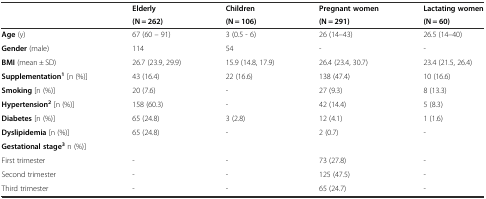
<table><thead><tr><td rowspan="2"></td><td><b>Elderly</b></td><td><b>Children</b></td><td><b>Pregnant women</b></td><td><b>Lactating women</b></td></tr><tr><td><b>(N = 262)</b></td><td><b>(N = 106)</b></td><td><b>(N = 291)</b></td><td><b>(N = 60)</b></td></tr></thead><tbody><tr><td><b>Age (y)</b></td><td>67 (60 – 91)</td><td>3 (0.5 - 6)</td><td>26 (14–43)</td><td>26.5 (14–40)</td></tr><tr><td><b>Gender</b> (male)</td><td>114</td><td>54</td><td>-</td><td>-</td></tr><tr><td><b>BMI</b> (mean ± SD)</td><td>26.7 (23.9, 29.9)</td><td>15.9 (14.8, 17.9)</td><td>26.4 (23.4, 30.7)</td><td>23.4 (21.5, 26.4)</td></tr><tr><td><b>Supplementation</b><sup><b>1</b></sup> [n (%)]</td><td>43 (16.4)</td><td>22 (16.6)</td><td>138 (47.4)</td><td>10 (16.6)</td></tr><tr><td><b>Smoking</b> [n (%)]</td><td>20 (7.6)</td><td>-</td><td>27 (9.3)</td><td>8 (13.3)</td></tr><tr><td><b>Hypertension</b><sup><b>2</b></sup> [n (%)]</td><td>158 (60.3)</td><td>-</td><td>42 (14.4)</td><td>5 (8.3)</td></tr><tr><td><b>Diabetes</b> [n (%)]</td><td>65 (24.8)</td><td>3 (2.8)</td><td>12 (4.1)</td><td>1 (1.6)</td></tr><tr><td><b>Dyslipidemia</b> [n (%)]</td><td>65 (24.8)</td><td>-</td><td>2 (0.7)</td><td>-</td></tr><tr><td><b>Gestational stage</b><sup><b>3</b></sup> n (%)]</td><td></td><td></td><td></td><td></td></tr><tr><td>First trimester</td><td>-</td><td>-</td><td>73 (27.8)</td><td>-</td></tr><tr><td>Second trimester</td><td>-</td><td>-</td><td>125 (47.5)</td><td>-</td></tr><tr><td>Third trimester</td><td>-</td><td>-</td><td>65 (24.7)</td><td>-</td></tr></tbody></table>